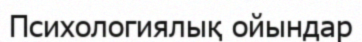
Психологиялық ойындар